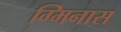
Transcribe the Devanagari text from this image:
ग्मिनास